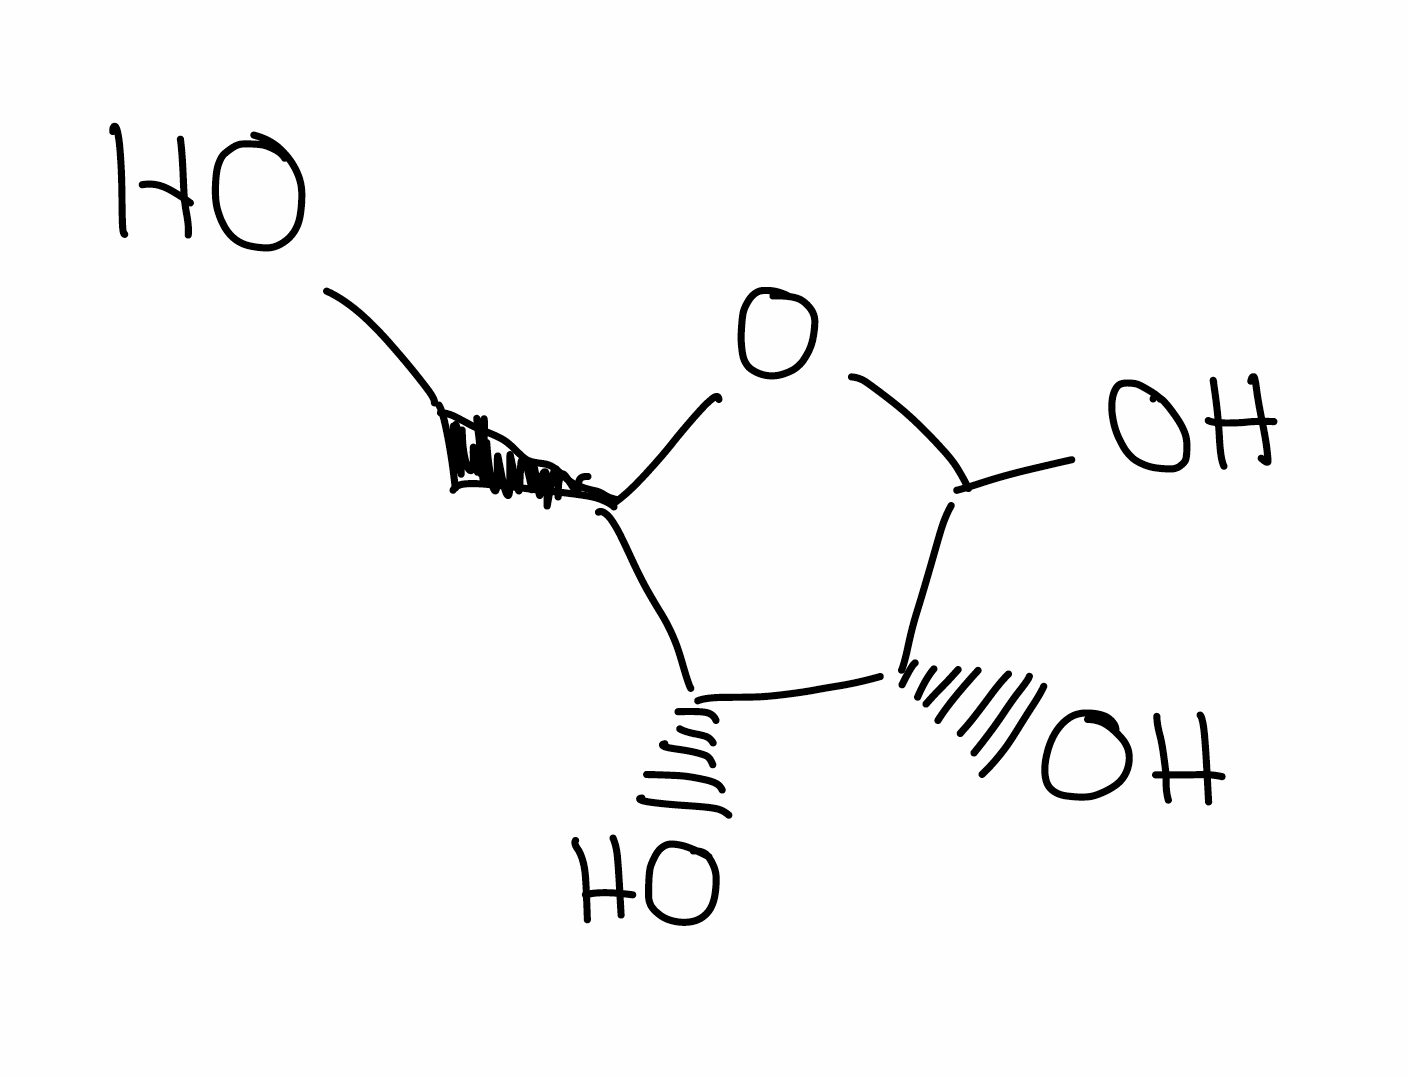
Simplified molecular-input line-entry system (SMILES) notation of the given molecule:
C([C@@H]1[C@H]([C@H](C(O1)O)O)O)O